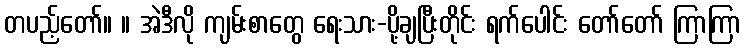
တပည့်တော်။ ။ အဲဒီလို ကျမ်းစာတွေ ရေးသား-ပို့ချပြီးတိုင်း ရက်ပေါင်း တော်တော် ကြာကြာ